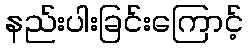
နည်းပါးခြင်းကြောင့်